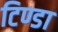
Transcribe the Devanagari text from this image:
टिण्डा